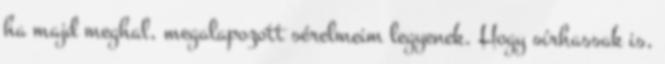
ha majd meghal, megalapozott sérelmeim legyenek. Hogy sírhassak is,